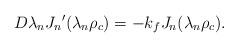
LaTeX: \begin{align*}D{\lambda _{n}}{J_n}'({\lambda _{n}}\rho_c) =-k_{f}J_n({\lambda _{n}}\rho_c).\end{align*}